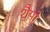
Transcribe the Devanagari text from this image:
शैपो